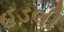
હડલી